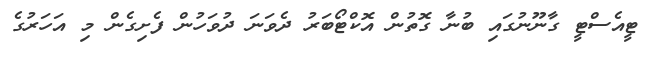
ޓީއެސްޓީ ގާނޫނުގައި ބުނާ ގޮތުން އޮކްޓޯބަރު ދެވަނަ ދުވަހުން ފެށިގެން މި އަހަރުގެ